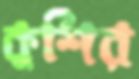
কুশির